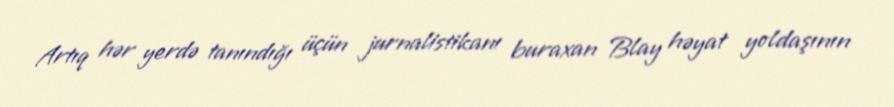
Artıq hər yerdə tanındığı üçün jurnalistikanı buraxan Blay həyat yoldaşının